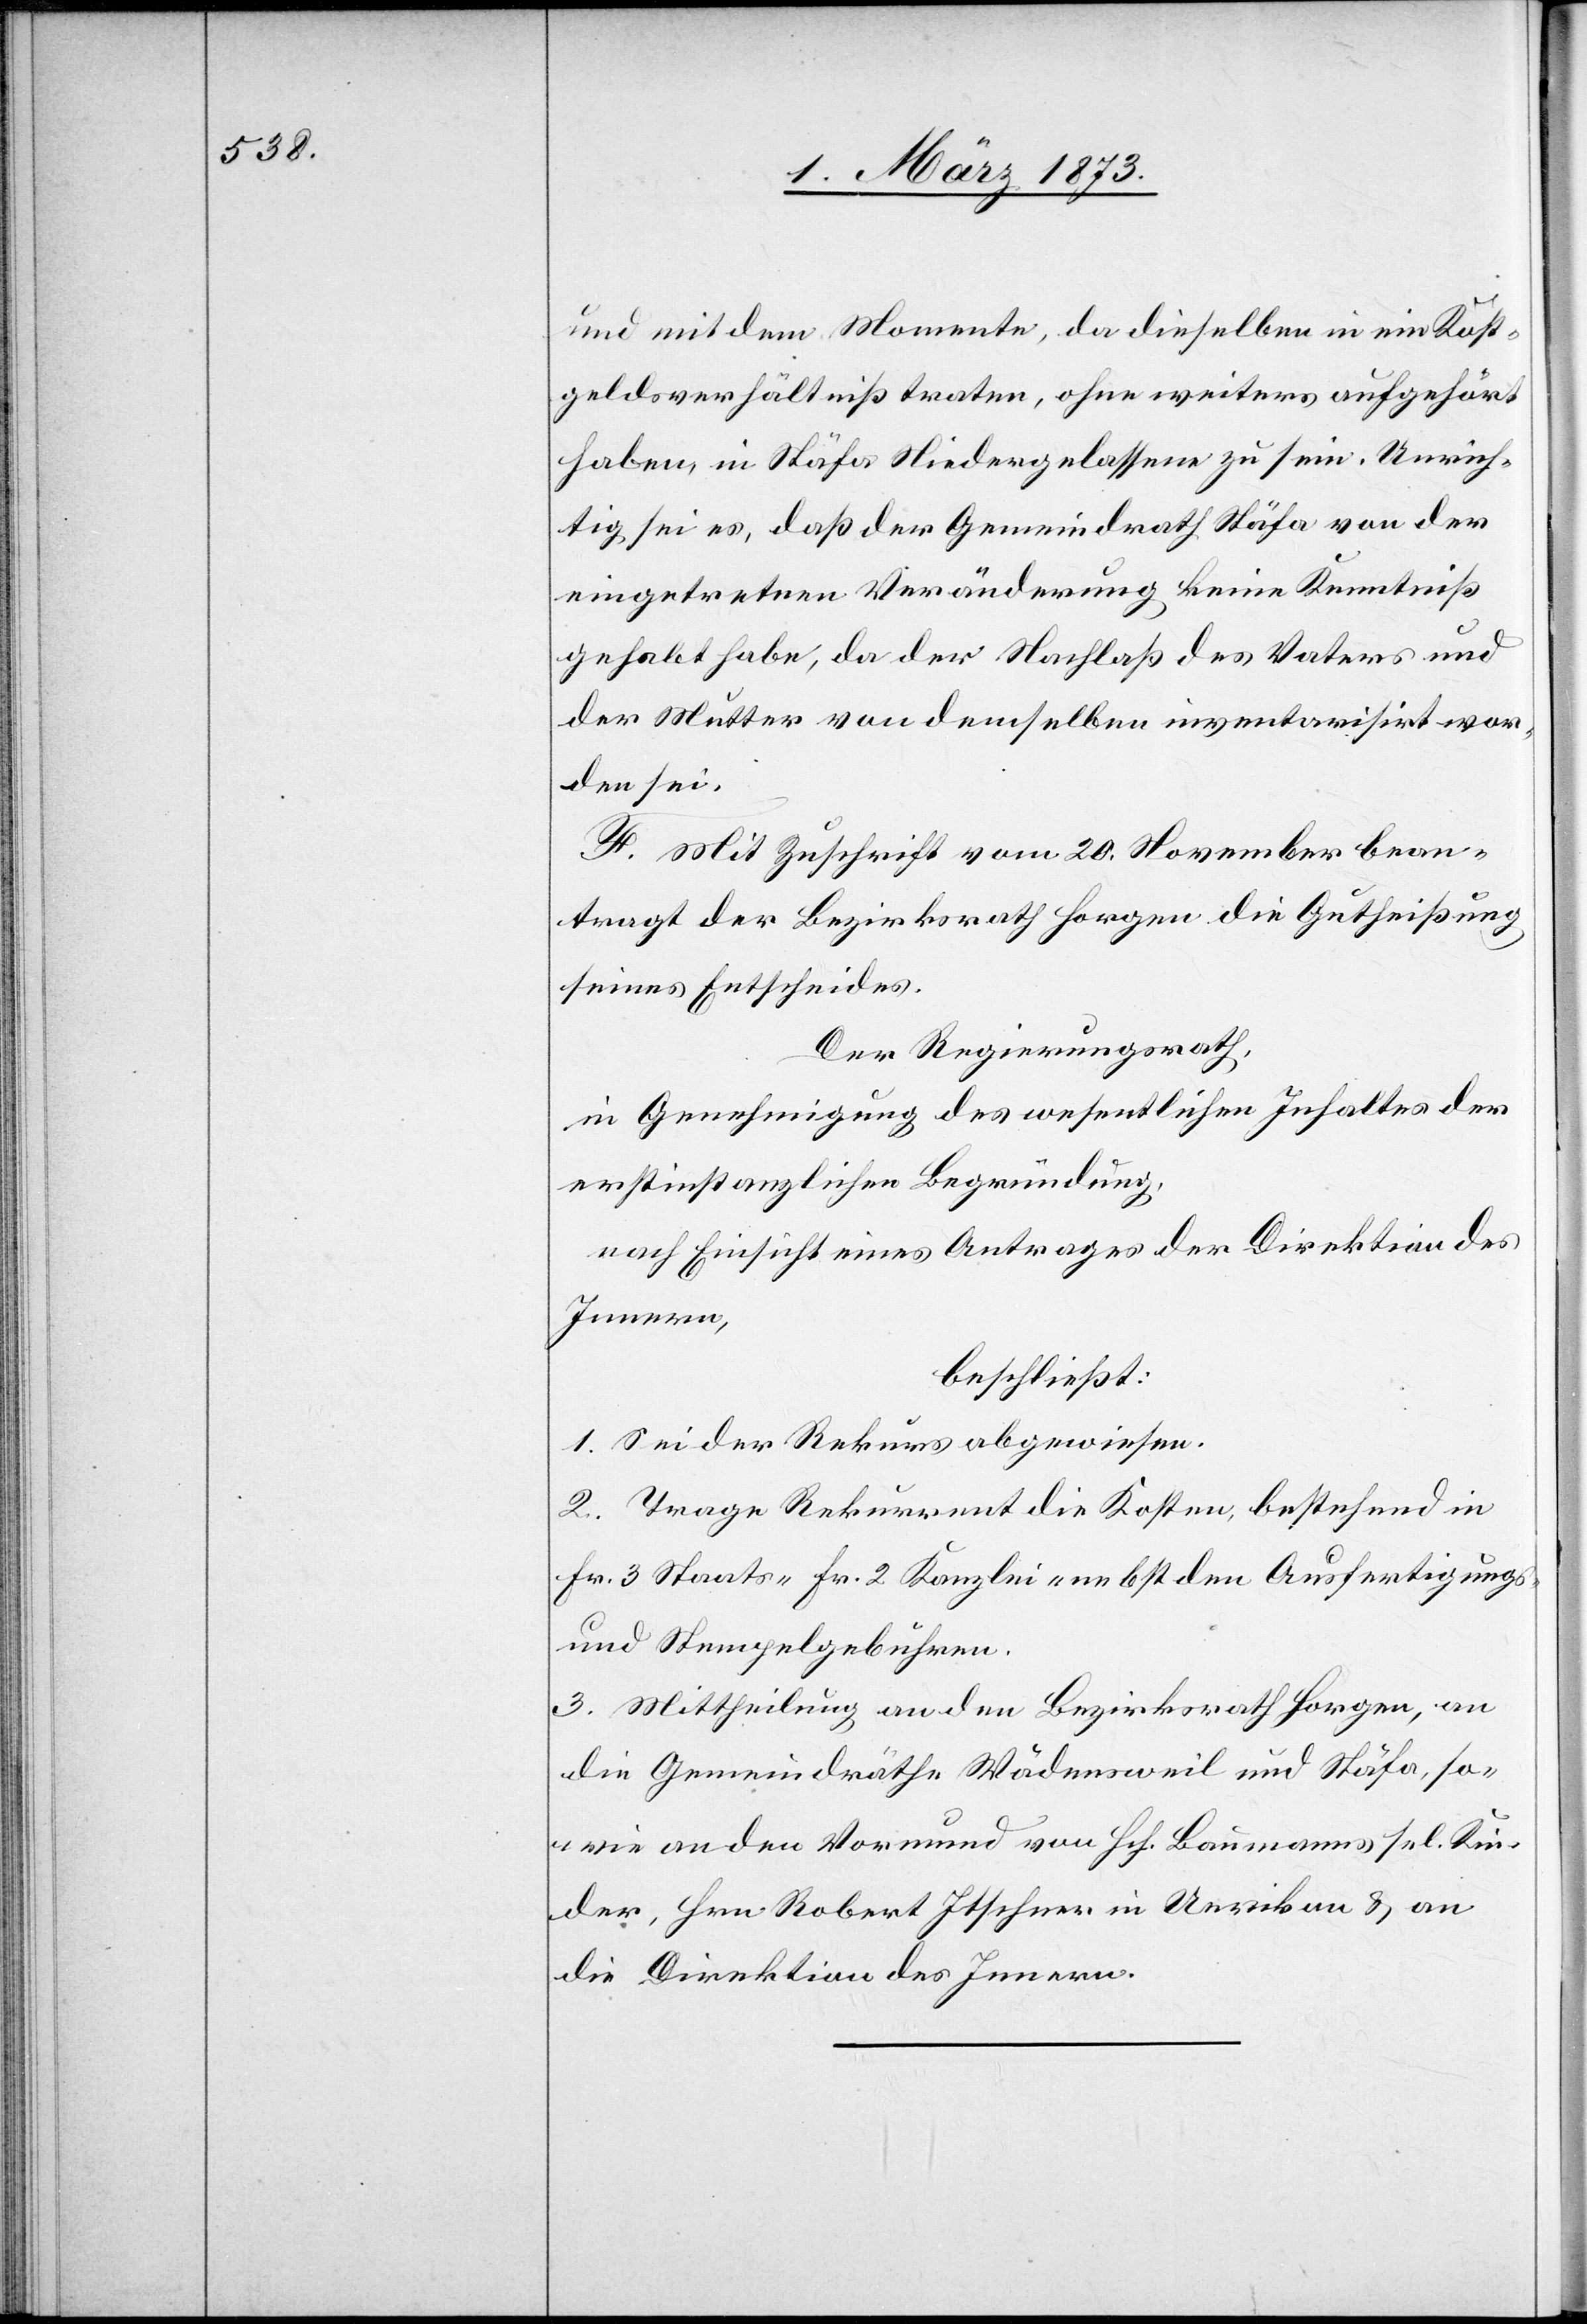
und mit dem Momente, da dieselben in ein Kost¬
geldsverhältniß traten, ohne weiters aufgehört
haben, in Stäfa Niedergelassene zu sein. Unwich¬
tig sei es, daß der Gemeindrath Stäfa von der
eingetretnen Veränderung keine Kenntniß
gehabt habe, da der Nachlaß des Vaters und
der Mutter von demselben inventarisirt wor¬
den sei.
F. Mit Zuschrift vom 20. November bean¬
tragt der Bezirksrath Horgen die Gutheißung
seines Entscheides.
Der Regierungsrath,
in Genehmigung des wesentlichen Inhaltes der
erstinstanzlichen Begründung,
nach Einsicht eines Antrages der Direktion des
Innern,
beschließt:
1. Sei der Rekurs abgewiesen.
2. Trage Rekurrent die Kosten, bestehend in
Fr. 3 Staats-[,] Fr. 2 Kanzlei- nebst den Ausfertigungs-
und Stempelgebühren.
3. Mittheilung an den Bezirksrath Horgen, an
die Gemeindräthe Wädensweil und Stäfa, so¬
wie an den Vormund von Hch. Baumanns sel. Kin¬
der, Hrn. Robert Itschner in Uerikon u. an
die Direktion des Innern.